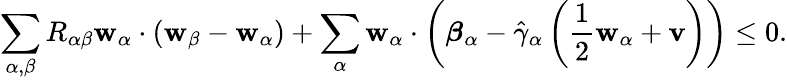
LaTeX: \begin{array}{r}{\displaystyle\sum_{\alpha,{\beta}}R_{\alpha{\beta}}\mathbf{w}_{\alpha}\cdot(\mathbf{w}_{\beta}-\mathbf{w}_{\alpha})+\displaystyle\sum_{\alpha}\mathbf{w}_{\alpha}\cdot\left(\boldsymbol{\beta}_{\alpha}-\hat{\gamma}_{\alpha}\left(\frac{1}{2}\mathbf{w}_{\alpha}+\mathbf{v}\right)\right)\leq 0.}\end{array}